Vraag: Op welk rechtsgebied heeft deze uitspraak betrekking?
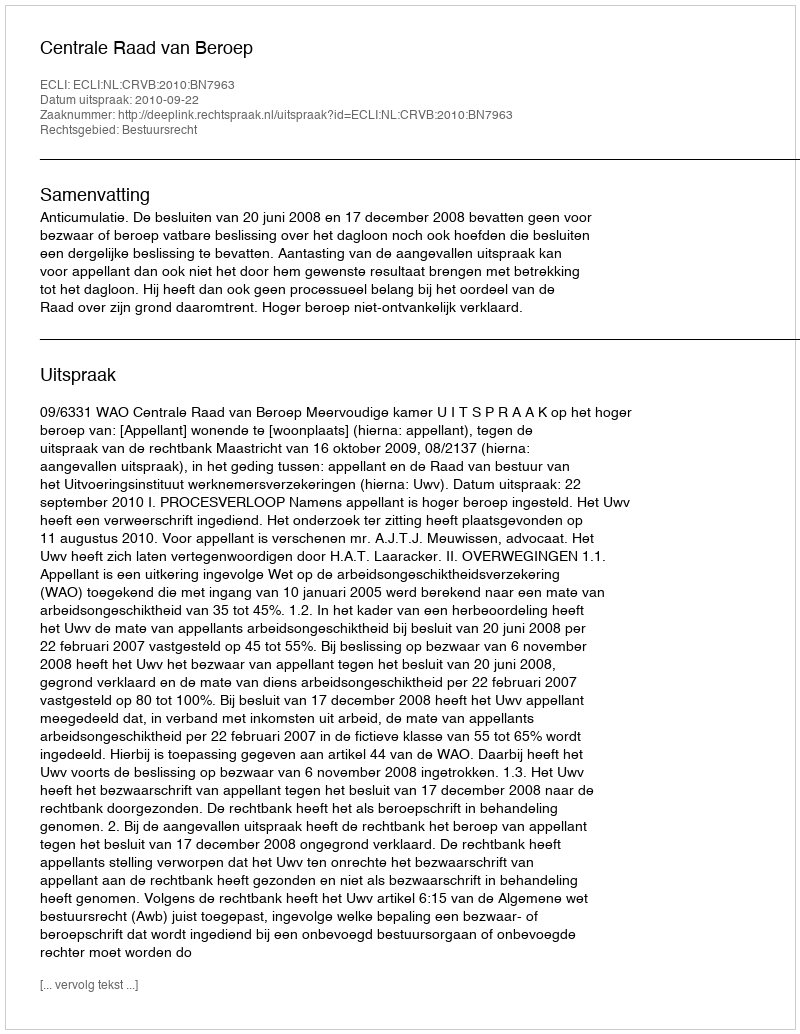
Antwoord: Bestuursrecht